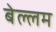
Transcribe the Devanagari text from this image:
बेल्लम